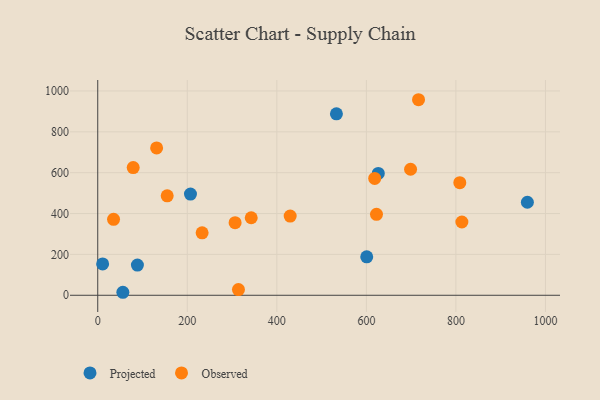
{"axis": {"x": "Experience", "y": "Fuel Efficiency"}, "legend": ["Observed", "Projected"], "data": [{"x": "10.9", "y": 153.5, "type": "Projected"}, {"x": "626.6", "y": 596.5, "type": "Projected"}, {"x": "600.8", "y": 188.3, "type": "Projected"}, {"x": "88.6", "y": 147.6, "type": "Projected"}, {"x": "959.6", "y": 455.4, "type": "Projected"}, {"x": "56.1", "y": 14.7, "type": "Projected"}, {"x": "207.1", "y": 495.5, "type": "Projected"}, {"x": "533.1", "y": 888.0, "type": "Projected"}, {"x": "79.2", "y": 625.1, "type": "Observed"}, {"x": "155.1", "y": 486.6, "type": "Observed"}, {"x": "618.6", "y": 572.1, "type": "Observed"}, {"x": "131.5", "y": 721.3, "type": "Observed"}, {"x": "698.7", "y": 616.8, "type": "Observed"}, {"x": "342.8", "y": 379.4, "type": "Observed"}, {"x": "233.1", "y": 305.5, "type": "Observed"}, {"x": "813.3", "y": 358.6, "type": "Observed"}, {"x": "622.6", "y": 396.2, "type": "Observed"}, {"x": "808.7", "y": 551.3, "type": "Observed"}, {"x": "314.3", "y": 27.8, "type": "Observed"}, {"x": "35.3", "y": 372.0, "type": "Observed"}, {"x": "429.8", "y": 387.9, "type": "Observed"}, {"x": "716.5", "y": 957.2, "type": "Observed"}, {"x": "306.8", "y": 355.3, "type": "Observed"}]}